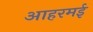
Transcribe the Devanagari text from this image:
आहरमई